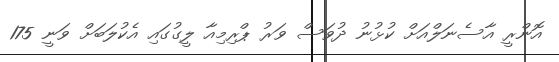
އޮންރީ އާސެނަލްއަށް ކުޅުނު ދުވަސް ވަރު ޕްރިމިއާ ލީގުގައި އެކުލަބަށް ވަނީ 175